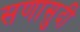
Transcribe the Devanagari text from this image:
सणासुदी